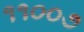
૧૧૦૦૭